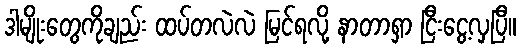
ဒါမျိုးတွေကိုချည်း ထပ်တလဲလဲ မြင်ရလို့ နာတာရှာ ငြီးငွေ့လှပြီ။